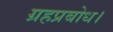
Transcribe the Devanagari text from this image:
ग्रहप्रबोध।